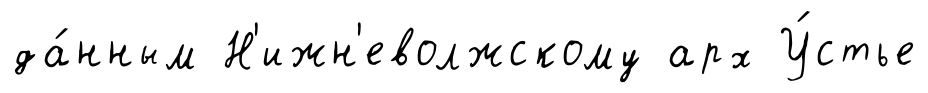
да́нным Н'ижн'еволжскому арх У́стье